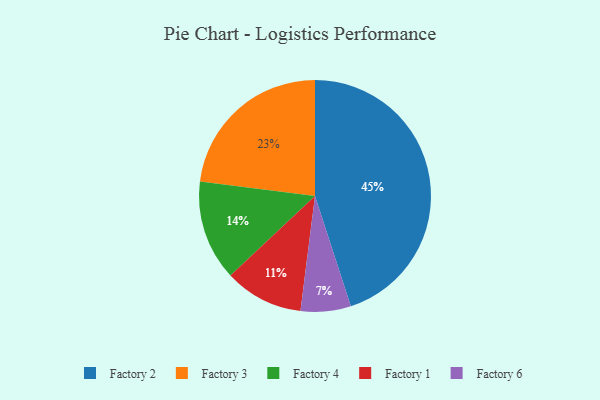
{"axis": {"x": "Category", "y": "Percentage"}, "legend": ["Factory 1", "Factory 2", "Factory 3", "Factory 4", "Factory 6"], "data": [{"x": "Factory 2", "y": 45, "type": "Factory 2"}, {"x": "Factory 4", "y": 14, "type": "Factory 4"}, {"x": "Factory 1", "y": 11, "type": "Factory 1"}, {"x": "Factory 6", "y": 7, "type": "Factory 6"}, {"x": "Factory 3", "y": 23, "type": "Factory 3"}]}